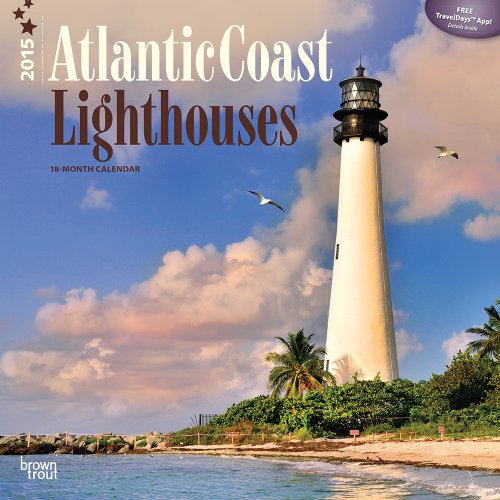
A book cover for Lighthouses, Atlantic Coast 2015 Square 12x12; BrownTrout; Calendars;